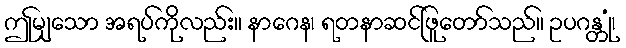
ဤမျှသော အရပ်ကိုလည်း။ နာဂေန၊ ရတနာဆင်ဖြူတော်သည်။ ဥပဂန္တုံ၊